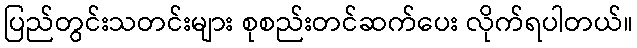
ပြည်တွင်းသတင်းများ စုစည်းတင်ဆက်ပေး လိုက်ရပါတယ်။